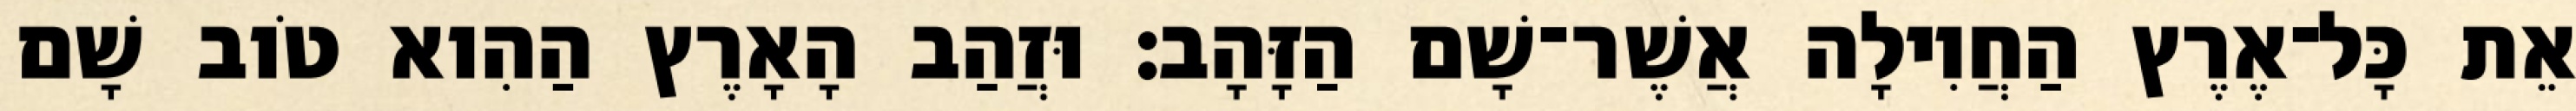
אֵת כָּל־אֶרֶץ הַחֲוִילָה אֲשֶׁר־שָׁם הַזָּהָב׃ וּזֲהַב הָאָרֶץ הַהִוא טֹוב שָׁם